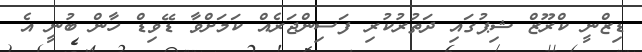
ޑިޒްނީ ކްރޫޒް ޝިޕުގައި ދަތުރުކުރި ފަސިންޖަރެއް ކަމަށްވާ ޑޭވިޑް ހާން ބުނީ އެ